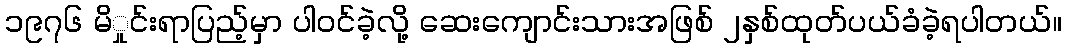
၁၉၇၆ မိှုင်းရာပြည့်မှာ ပါဝင်ခဲ့လို့ ဆေးကျောင်းသားအဖြစ် ၂နှစ်ထုတ်ပယ်ခံခဲ့ရပါတယ်။